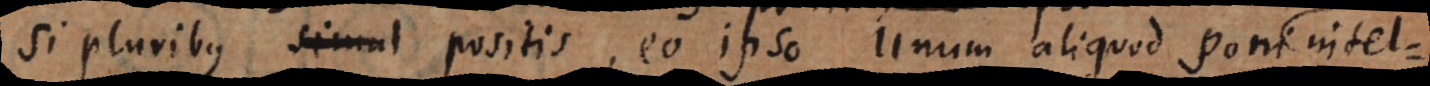
Si pluribus simul positis, eo ipso unum aliquod poni intel